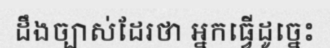
ដឹងច្បាស់ដែរថា អ្នកធ្វើដូច្នេះ